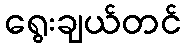
ရွေးချယ်တင်